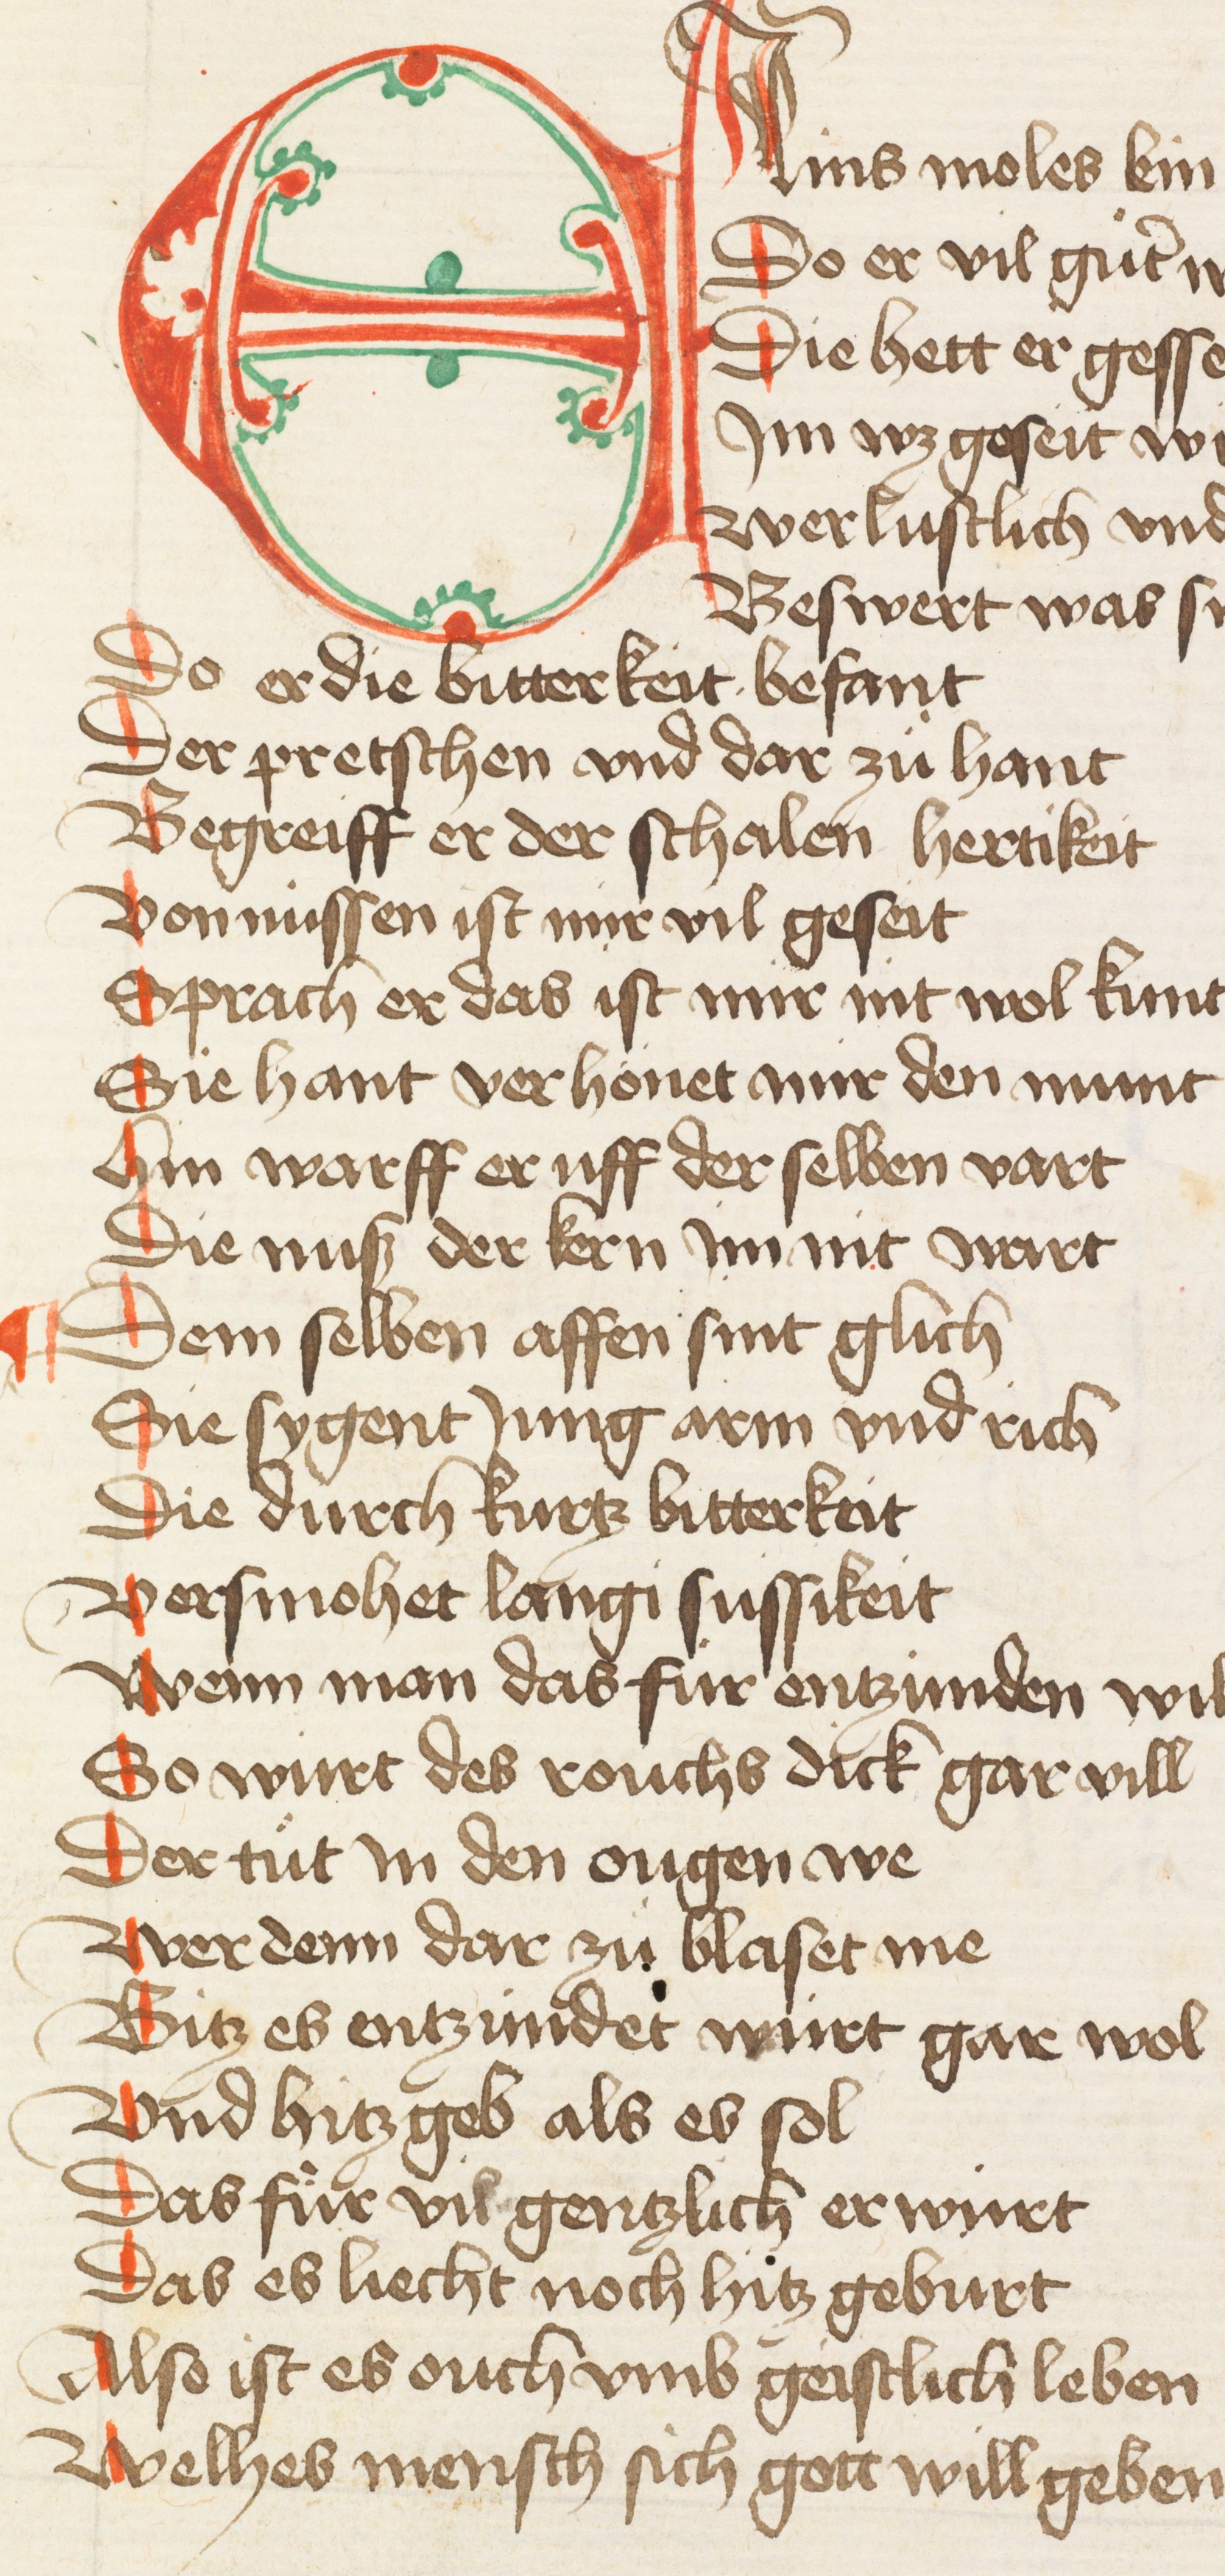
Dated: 1440–1475